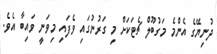
ދުނިޔޭގެ އެންމެ މަގުބޫލް ޗެޓަކަށް މި ގަރުނުގައި ވެފައި މިވަނީ ވައިބާ އެވެ.